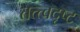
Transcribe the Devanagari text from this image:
तत्त्वदृष्ट